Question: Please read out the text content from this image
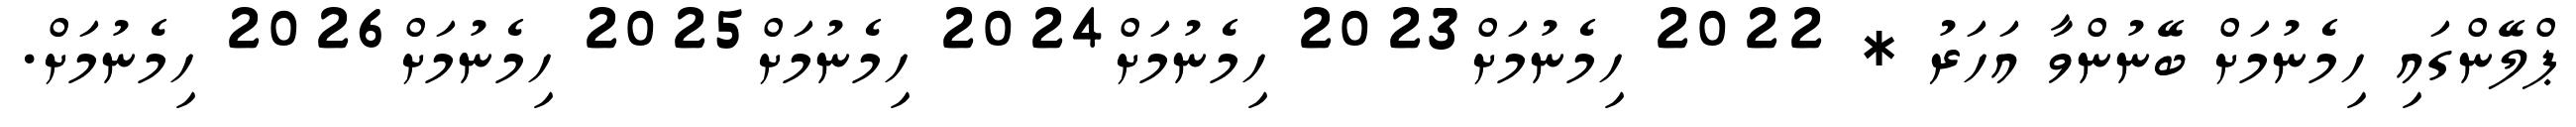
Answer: ޕްލޭންގައި ހިމެނުމަށް ބޭނުންވާ އަހަރު * 2022 ހިމެނުމަށް2023 ހިމެނުމަށް2024 ހިމެނުމަށް2025 ހިމެނުމަށް2026 ހިމެނުމަށް.